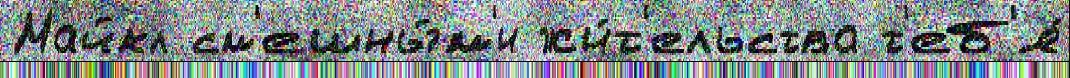
Майкл см'ешны́м'и жи́т'ельства т'еб'я́